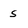
Character: s